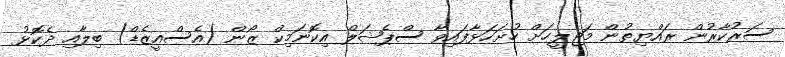
ސަރުކާރުން ރައްޔިތުން މަޖިލީހަށް ހުށަހަޅާފައިވާ ސްޕެޝަލް އިކޮނަމިކް ޒޯން (އެސްއީޒެޑް) ބިލާއި ދެކޮޅު